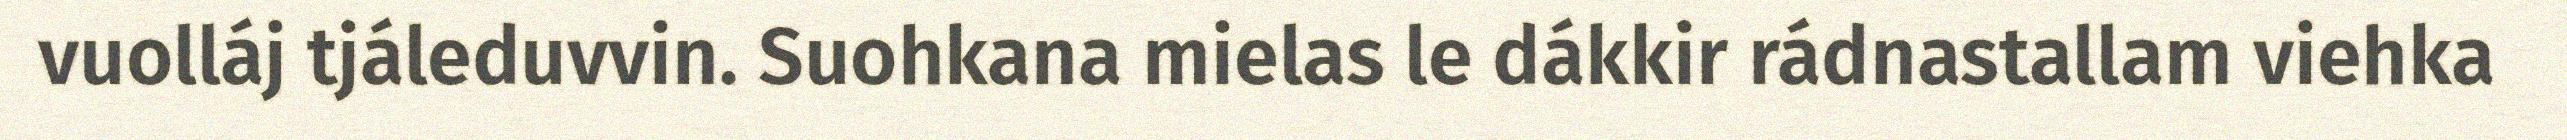
vuolláj tjáleduvvin. Suohkana mielas le dákkir rádnastallam viehka